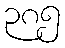
၃၈၅